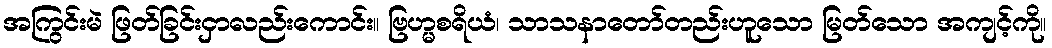
အကြွင်းမဲ ဖြတ်ခြင်းငှာလည်းကောင်း။ ဗြဟ္မစရိယံ၊ သာသနာတော်တည်းဟူသော မြတ်သော အကျင့်ကို။